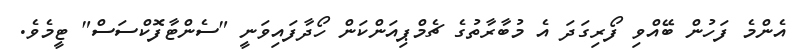
އެންމެ ފަހުން ބޭއްވި ފޯރިގަދަ އެ މުބާރާތުގެ ޗެމްޕިއަންކަން ހޯދާފައިވަނީ "ސެންޓާފޮކްސަސް" ޓީމެވެ.